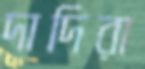
দাদিরা